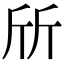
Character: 斦